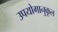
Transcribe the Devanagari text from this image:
उपयोगानुकूल